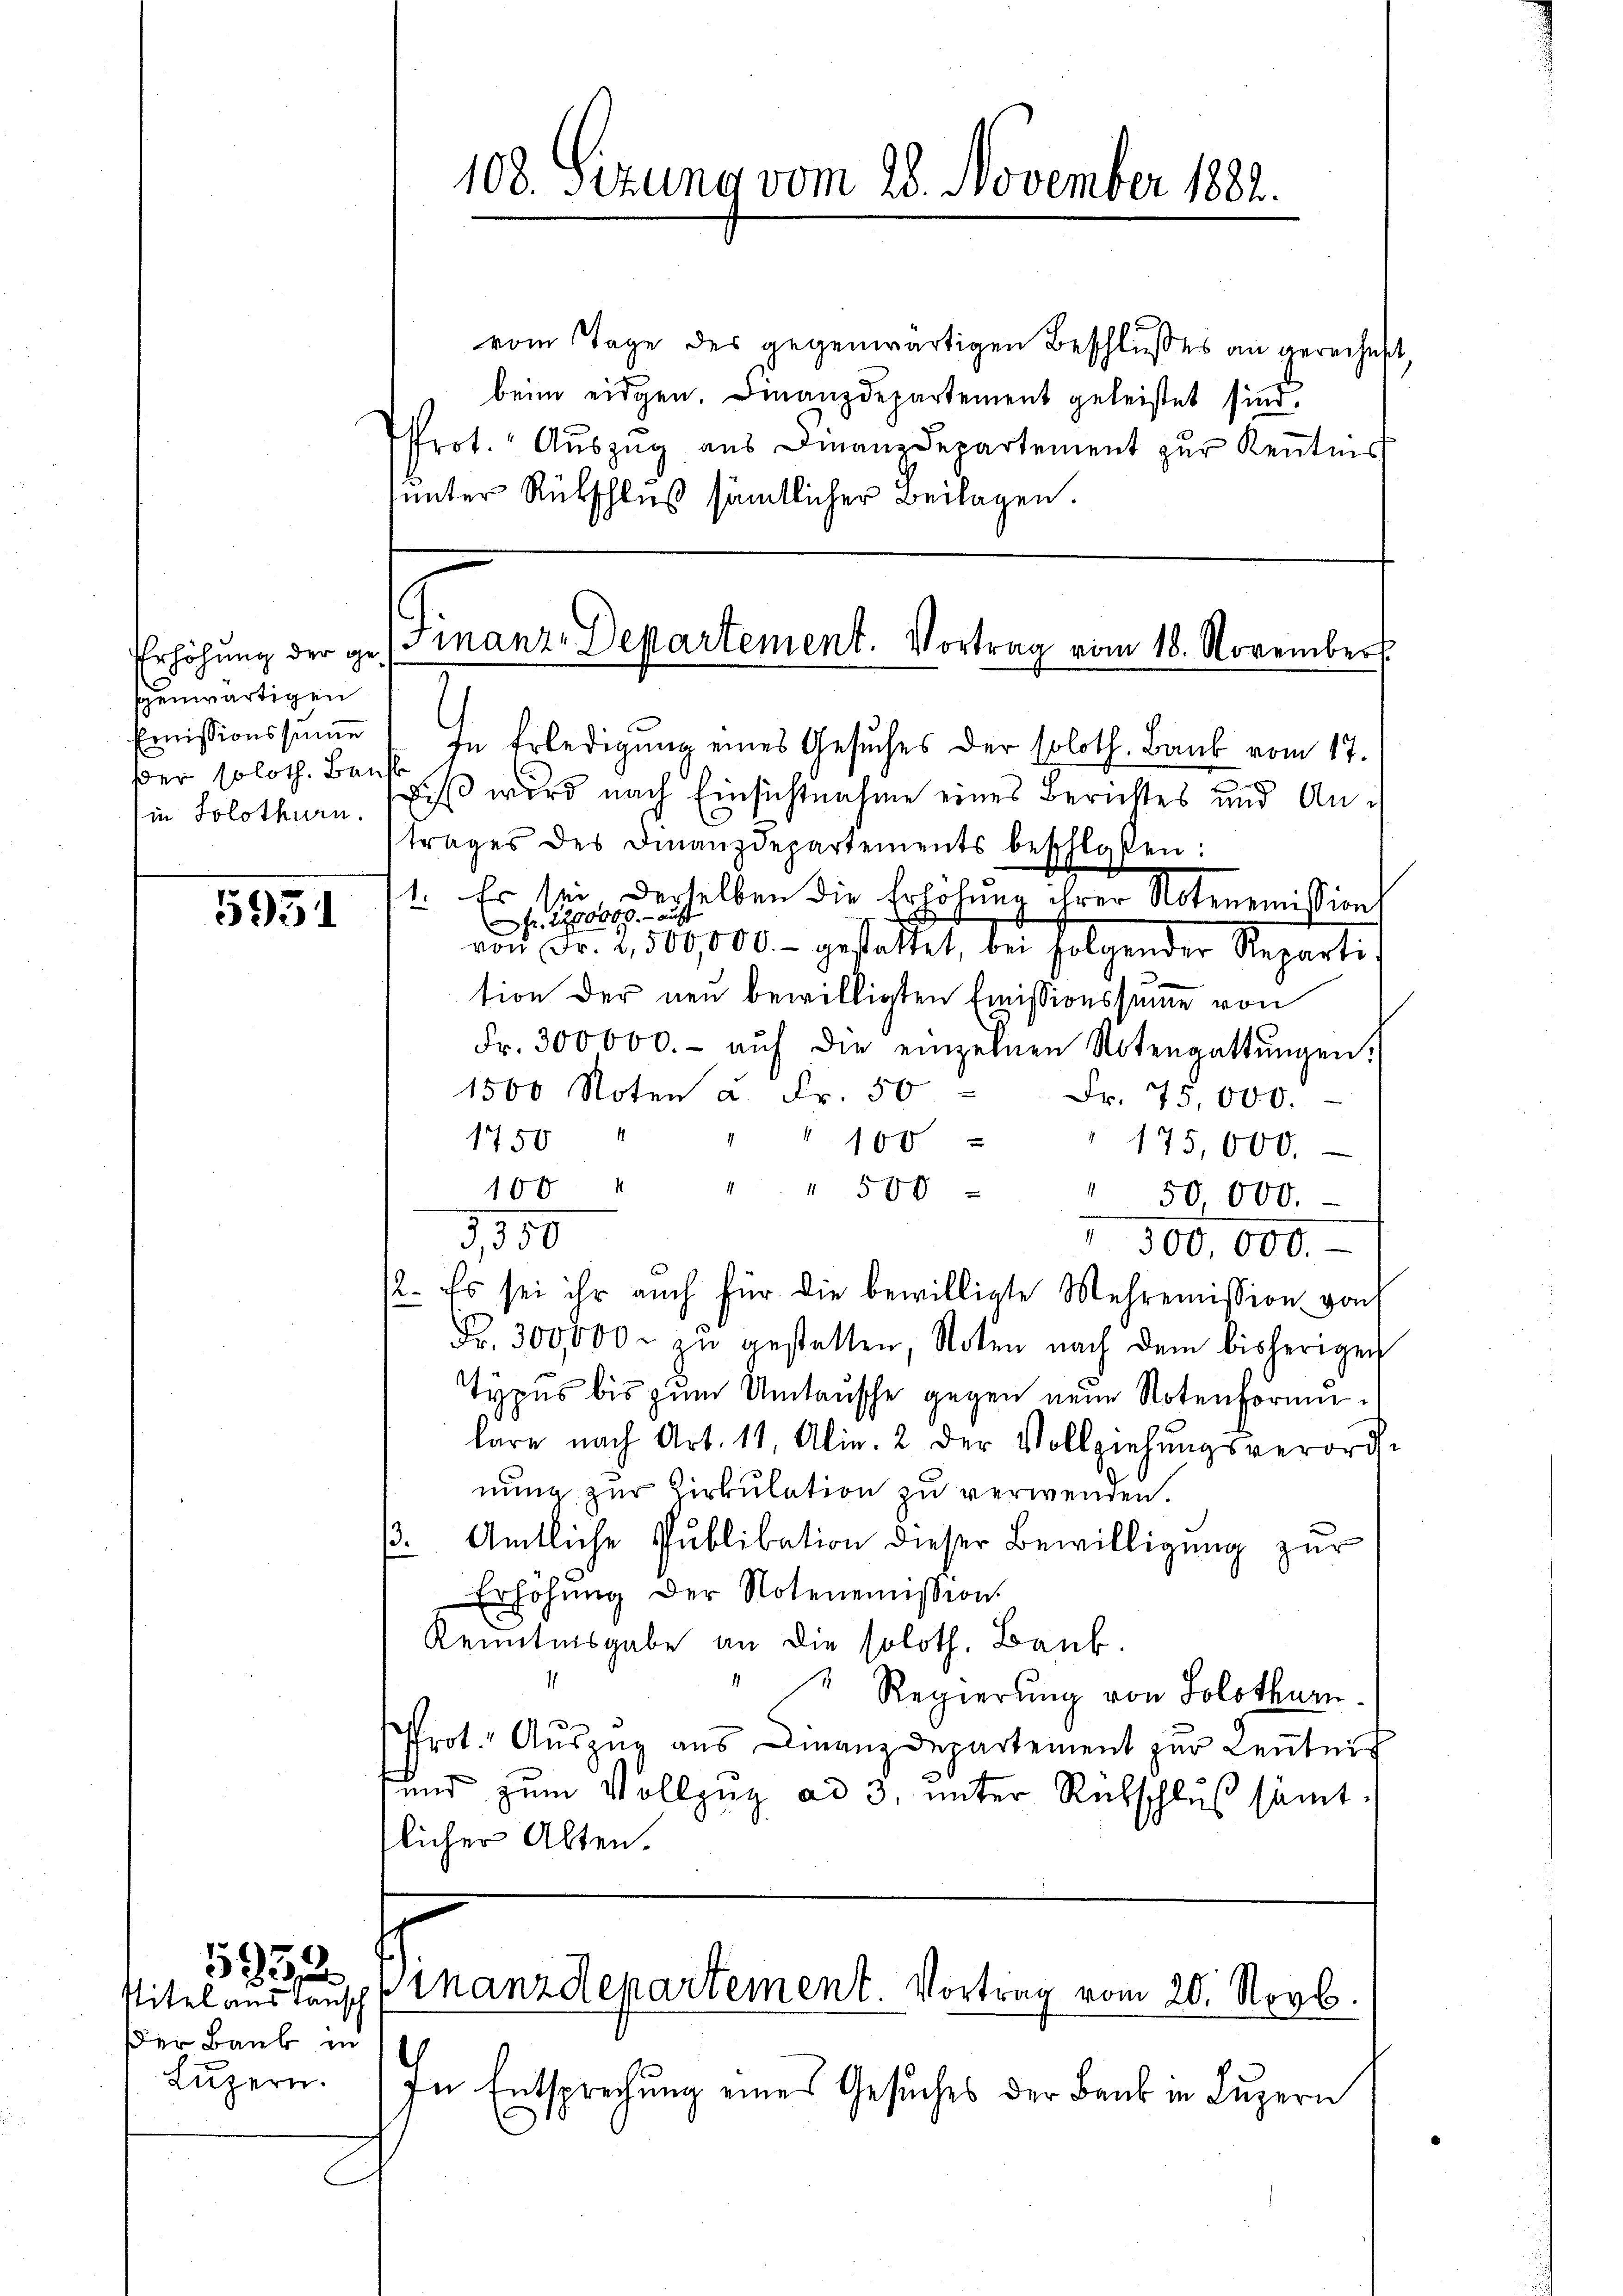
genwärtigen
Emissionssumme
ber soloth. Bauh
in Solothurn.

5931

stitel aus Tausch
der Baube in
Luzern.

5951

vom Tage des gegenwärtigen Beschlusses an gerechnet,
beim eidgen. Finanzdepartement geleistet sind.
Prot. Auszug aus Finanzdepartement zur Kenntnis
unter Rückschluß sämtlicher Beilagen.

¬

108. Sizung vom 28. November 1882.

In Erledigung eines Gesuches der soloth. Bank vom 17.
diß wird nach Einsichtnahme eines Berichtes und Antrages des Finanzdepartements beschloßen:
1. Es sei derselben die Erhöhung ihrer Notenemissions
r 1200000.- auf
an Fr. 2500,000.- gestattet, bei folgender Reparti
tion der neu bewilligten Emissionssumme von
Fr. 300000.- aŭf die einzelnen Notengattŭngen.
1500 Noten a. Fr. 50 Fr. 75,000.
1750
" " 100
175,000.
100. u " " 500
" 50,000.
3,550
 300,000.-
2. Es sei ihr auch für die bewilligte Mehremission von
Fr. 300,000. zŭ gestatten, Noten nach dem bisherigen
Typus bis zum Umtausche gegen neue Notenformulare nach Art. 11, Alin. 2 der Vollziehungsverordnung zur Cirkulation zu verwenden.
33. Amtliche Publikation dieser Bewilligung zur
Erhöhŭng der Notenemission
Kenntnisgabe an die soloth. Baub.
1
" " Regierung von Solothurn
Prot. Auszug aus Finanzdepartement zur Lentnis
und zum Vollzug ad 3, unter Rebschluß sämt.
tlicher Alten.

s
Erhöhung der gemanz. Departement. Vortrag vom 18. November

inanzdepartement. Vortrag vom 20. Novb.

In Entsprechung eines Gesuches der Bank in Luzern